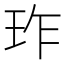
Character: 𬍚